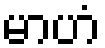
မာဟံ